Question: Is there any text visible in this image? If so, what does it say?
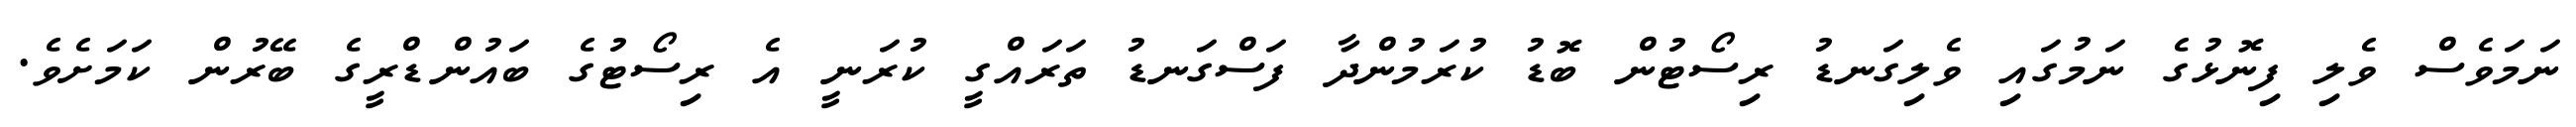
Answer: ނަމަވެސް ވެލި ފިނޮޅުގެ ނަމުގައި ވެލިގަނޑު ރިސޯޓުން ބޮޑު ކުރަމުންދާ ފަސްގަނޑު ތަރައްގީ ކުރަނީ އެ ރިސޯޓުގެ ބައުންޑްރީގެ ބޭރުން ކަމަށެވެ.